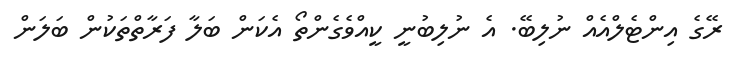
ރޭގެ އިންޓެލްއެއް ނުލިބޭ. އެ ނުލިބުނީ ކީއްވެގެންތޯ އެކަން ބަލާ ފަރާތްތަކުން ބަލަން